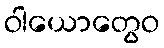
ဝါယောတွေဝ